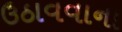
ઉઠાવવાના